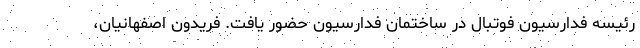
رئیسه فدارسیون فوتبال در ساختمان فدارسیون حضور یافت. فریدون اصفهانیان،